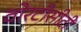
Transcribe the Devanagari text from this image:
वोरटीसीटी